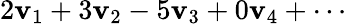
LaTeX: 2\mathbf{v}_{1}+3\mathbf{v}_{2}-5\mathbf{v}_{3}+0\mathbf{v}_{4}+\cdots